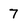
Character: 7